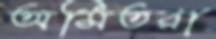
অমিতরা